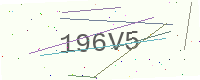
Text: 196V5